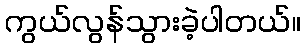
ကွယ်လွန်သွားခဲ့ပါတယ်။